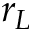
r _ { L }